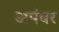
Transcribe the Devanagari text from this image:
अपंबर